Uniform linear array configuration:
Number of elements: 8
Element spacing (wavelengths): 0.5
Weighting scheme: blackman
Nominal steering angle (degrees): -45
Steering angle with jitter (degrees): -44.14
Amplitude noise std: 0.05
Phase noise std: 0.05

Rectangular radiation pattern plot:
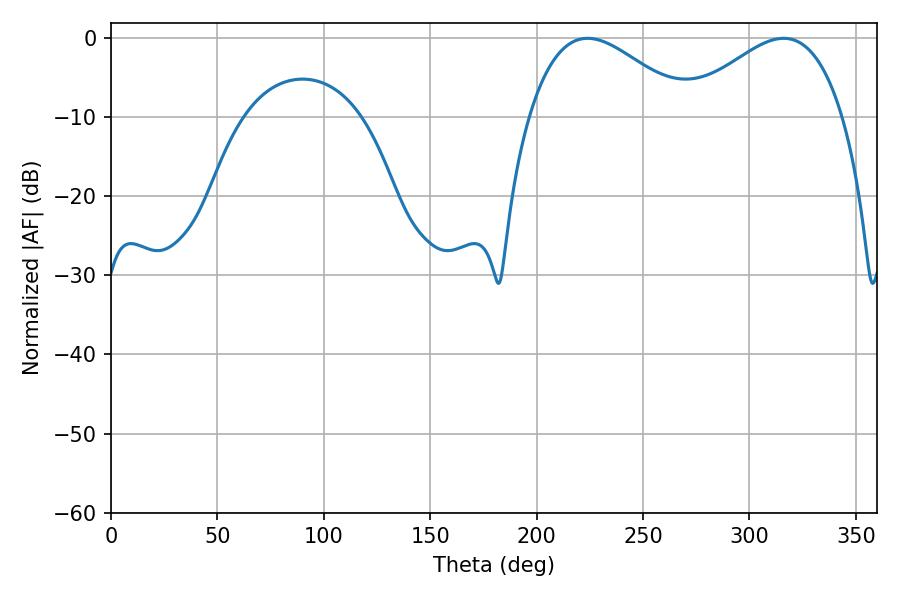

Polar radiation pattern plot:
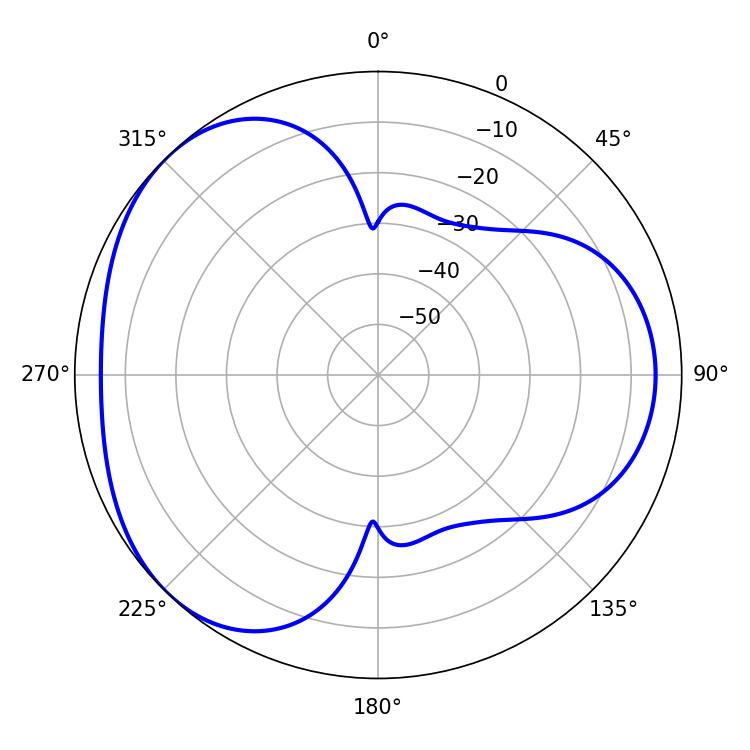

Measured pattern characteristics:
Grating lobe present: FALSE
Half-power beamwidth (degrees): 40.68
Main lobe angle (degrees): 223.92